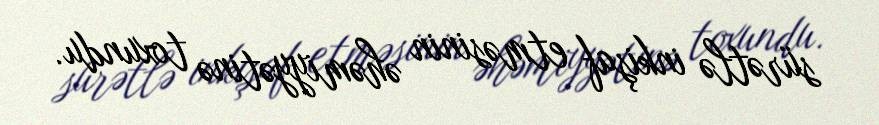
sürətlə inkişaf etməsinin əhəmiyyətinə toxundu.